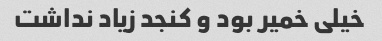
خیلی خمیر بود و کنجد زیاد نداشت